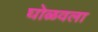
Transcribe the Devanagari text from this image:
घोळवला